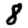
Digit: 8